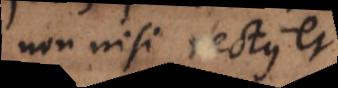
non nisi rectus et